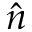
\hat { n }